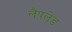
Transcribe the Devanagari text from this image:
लैपलेंड